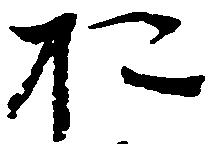
於